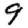
Digit: 9